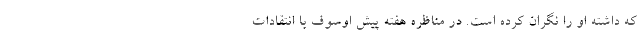
که داشته او را نگران کرده است. در مناظره هفته پیش اوسوف با انتقادات